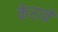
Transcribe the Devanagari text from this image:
केरावे